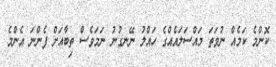
ކޮންމެ ކަމެއް ނުވަތަ މައްސަލައެއްގެ ހައްލު ނޭނގުނު ނަމަވެސް ތިބާއަށް ފެންނަ އެންމެ